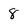
Character: 8